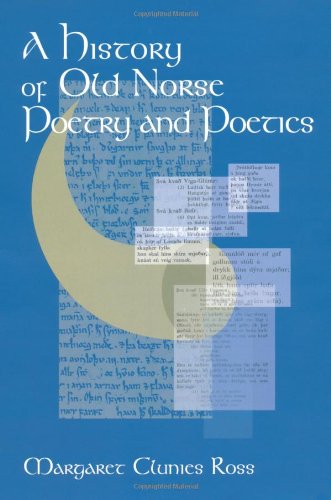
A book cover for A History of Old Norse Poetry and Poetics; Margaret Clunies Ross; Literature & Fiction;